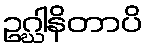
ဥဂ္ဃါနိတာပိ